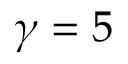
\gamma = 5